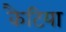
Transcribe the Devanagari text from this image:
कैटिया